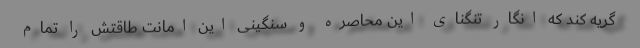
گریه کند که انگار تنگنای این محاصره و سنگینی این امانت طاقتش را تمام